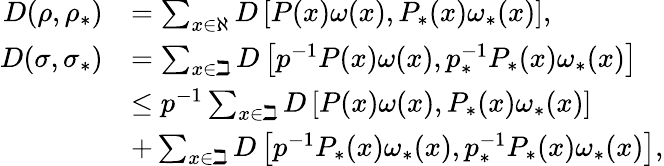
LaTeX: \begin{array}{rl}{D(\rho,\rho_{\ast})}&{=\sum_{\substack{x\in\aleph}}D\left[P(x)\omega(x),P_{\ast}(x)\omega_{\ast}(x)\right],}\\ {D(\sigma,\sigma_{\ast})}&{=\sum_{x\in\beth}D\left[p^{-1}P(x)\omega(x),p_{\ast}^{-1}P_{\ast}(x)\omega_{\ast}(x)\right]}\\ &{\leq p^{-1}\sum_{x\in\beth}D\left[P(x)\omega(x),P_{\ast}(x)\omega_{\ast}(x)\right]}\\ &{+\sum_{x\in\beth}D\left[p^{-1}P_{\ast}(x)\omega_{\ast}(x),p_{\ast}^{-1}P_{\ast}(x)\omega_{\ast}(x)\right],}\end{array}